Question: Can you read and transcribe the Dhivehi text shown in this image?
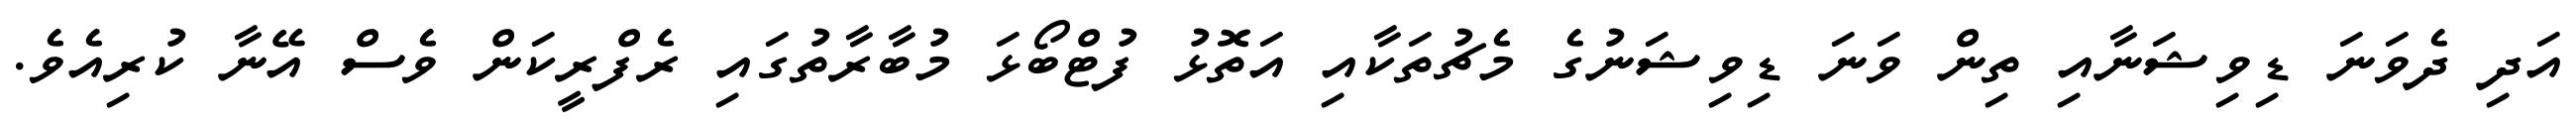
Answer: އަދި ދެވަނަ ޑިވިޝަނާއި ތިން ވަނަ ޑިވިޝަނުގެ މެޗުތަކާއި އަތޮޅު ފުޓްބޯޅަ މުބާރާތުގައި ރެފްރީކަން ވެސް އޭނާ ކުރިއެވެ.